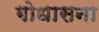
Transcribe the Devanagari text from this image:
गोधासना